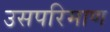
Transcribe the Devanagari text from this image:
उसपरिमाण